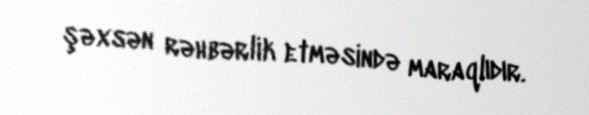
şəxsən rəhbərlik etməsində maraqlıdır.